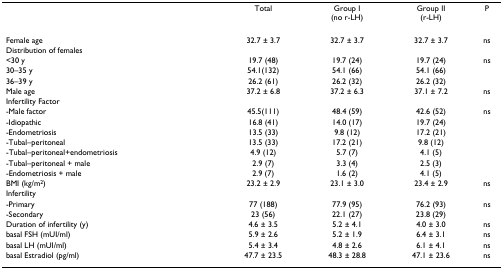
<table><thead><tr><td></td><td><b>Total</b></td><td><b>Group I(no r-LH)</b></td><td><b>Group II(r-LH)</b></td><td><b>P</b></td></tr></thead><tbody><tr><td>Female age</td><td>32.7 ± 3.7</td><td>32.7 ± 3.7</td><td>32.7 ± 3.7</td><td>ns</td></tr><tr><td>Distribution of females</td><td></td><td></td><td></td><td></td></tr><tr><td>&lt;30 y</td><td>19.7 (48)</td><td>19.7 (24)</td><td>19.7 (24)</td><td>ns</td></tr><tr><td>30–35 y</td><td>54.1(132)</td><td>54.1 (66)</td><td>54.1 (66)</td><td></td></tr><tr><td>36–39 y</td><td>26.2 (61)</td><td>26.2 (32)</td><td>26.2 (32)</td><td></td></tr><tr><td>Male age</td><td>37.2 ± 6.8</td><td>37.2 ± 6.3</td><td>37.1 ± 7.2</td><td>ns</td></tr><tr><td>Infertility Factor</td><td></td><td></td><td></td><td></td></tr><tr><td>-Male factor</td><td>45.5(111)</td><td>48.4 (59)</td><td>42.6 (52)</td><td>ns</td></tr><tr><td>-Idiopathic</td><td>16.8 (41)</td><td>14.0 (17)</td><td>19.7 (24)</td><td></td></tr><tr><td>-Endometriosis</td><td>13.5 (33)</td><td>9.8 (12)</td><td>17.2 (21)</td><td></td></tr><tr><td>-Tubal–peritoneal</td><td>13.5 (33)</td><td>17.2 (21)</td><td>9.8 (12)</td><td></td></tr><tr><td>-Tubal–peritoneal+endometriosis</td><td>4.9 (12)</td><td>5.7 (7)</td><td>4.1 (5)</td><td></td></tr><tr><td>-Tubal–peritoneal + male</td><td>2.9 (7)</td><td>3.3 (4)</td><td>2.5 (3)</td><td></td></tr><tr><td>-Endometriosis + male</td><td>2.9 (7)</td><td>1.6 (2)</td><td>4.1 (5)</td><td></td></tr><tr><td>BMI (kg/m<sup>2</sup>)</td><td>23.2 ± 2.9</td><td>23.1 ± 3.0</td><td>23.4 ± 2.9</td><td>ns</td></tr><tr><td>Infertility</td><td></td><td></td><td></td><td></td></tr><tr><td>-Primary</td><td>77 (188)</td><td>77.9 (95)</td><td>76.2 (93)</td><td>ns</td></tr><tr><td>-Secondary</td><td>23 (56)</td><td>22.1 (27)</td><td>23.8 (29)</td><td></td></tr><tr><td>Duration of infertility (y)</td><td>4.6 ± 3.5</td><td>5.2 ± 4.1</td><td>4.0 ± 3.0</td><td>ns</td></tr><tr><td>basal FSH (mUI/ml)</td><td>5.9 ± 2.6</td><td>5.2 ± 1.9</td><td>6.4 ± 3.1</td><td>ns</td></tr><tr><td>basal LH (mUI/ml)</td><td>5.4 ± 3.4</td><td>4.8 ± 2.6</td><td>6.1 ± 4.1</td><td>ns</td></tr><tr><td>basal Estradiol (pg/ml)</td><td>47.7 ± 23.5</td><td>48.3 ± 28.8</td><td>47.1 ± 23.6</td><td>ns</td></tr></tbody></table>